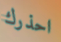
احذرك